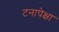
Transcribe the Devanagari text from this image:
टनापेक्षा